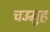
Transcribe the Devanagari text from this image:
चउमुह